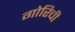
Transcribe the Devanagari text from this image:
गोरिची